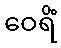
ဝေရိံ